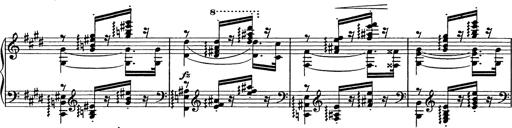
Title: Consolations
Composer: Franz Liszt